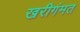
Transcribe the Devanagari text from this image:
खरीगंमत